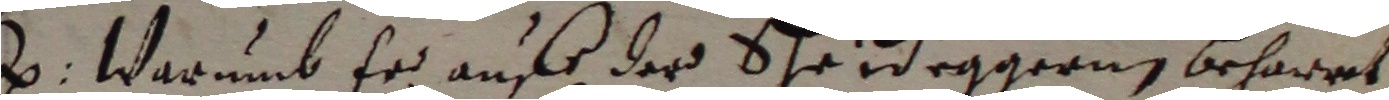
2. Warumb er auf der shr ideggern beharet